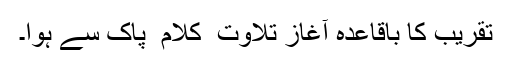
تقریب کا باقاعدہ آغاز تلاوت ِ کلام ِ پاک سے ہوا۔